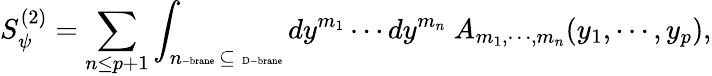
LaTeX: S_{\psi}^{(2)}=\sum_{n\leq p+1}\int_{n\mathrm{\tiny-brane}~\subseteq~\mathrm{\tiny~D-brane}}dy^{m_{1}}\cdots dy^{m_{n}}~A_{m_{1},\cdots,m_{n}}(y_{1},\cdots,y_{p}),